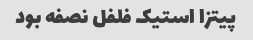
پیتزا استیک فلفل نصفه بود